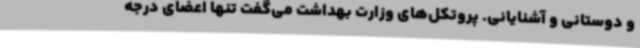
و دوستانی و آشنایانی. پروتکل‌های وزارت بهداشت می‌گفت تنها اعضای درجه